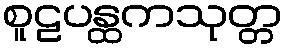
စူဠပန္ထကသုတ္တ